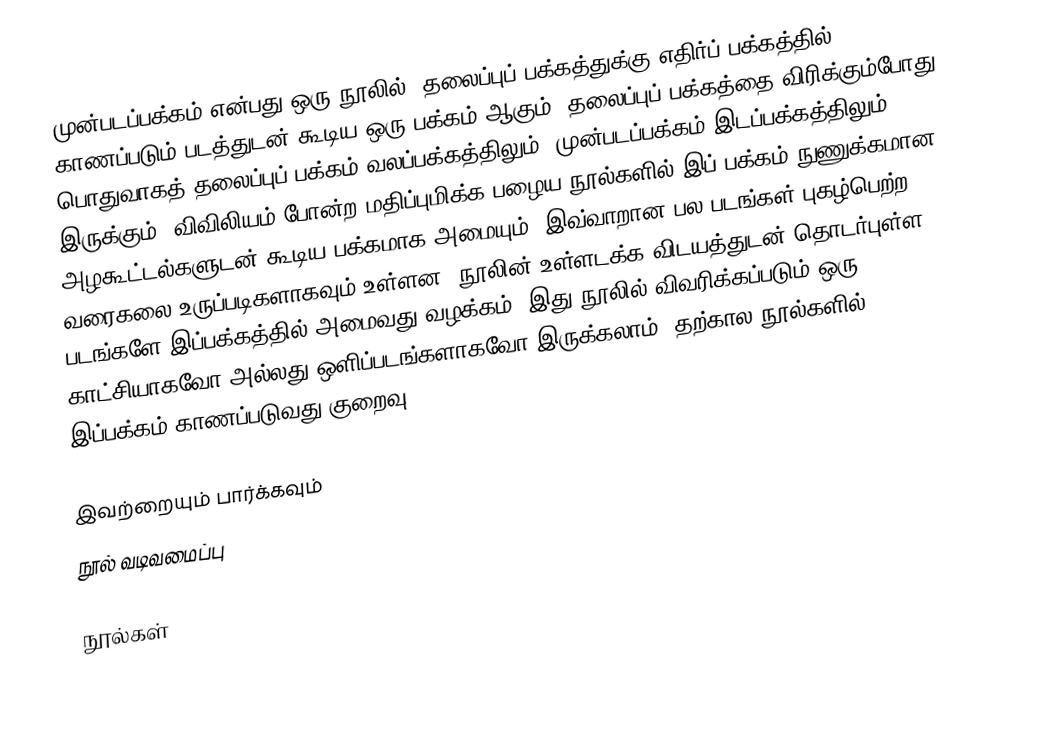
முன்படப்பக்கம் என்பது ஒரு நூலில், தலைப்புப் பக்கத்துக்கு எதிர்ப் பக்கத்தில் காணப்படும் படத்துடன் கூடிய ஒரு பக்கம் ஆகும். தலைப்புப் பக்கத்தை விரிக்கும்போது பொதுவாகத் தலைப்புப் பக்கம் வலப்பக்கத்திலும், முன்படப்பக்கம் இடப்பக்கத்திலும் இருக்கும். விவிலியம் போன்ற மதிப்புமிக்க பழைய நூல்களில் இப் பக்கம் நுணுக்கமான அழகூட்டல்களுடன் கூடிய பக்கமாக அமையும். இவ்வாறான பல படங்கள் புகழ்பெற்ற வரைகலை உருப்படிகளாகவும் உள்ளன. நூலின் உள்ளடக்க விடயத்துடன் தொடர்புள்ள படங்களே இப்பக்கத்தில் அமைவது வழக்கம். இது நூலில் விவரிக்கப்படும் ஒரு காட்சியாகவோ அல்லது ஒளிப்படங்களாகவோ இருக்கலாம். தற்கால நூல்களில் இப்பக்கம் காணப்படுவது குறைவு.

இவற்றையும் பார்க்கவும்
 நூல் வடிவமைப்பு

நூல்கள்